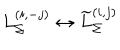
L _ { \Sigma } ^ { ( i , - j ) } \leftrightarrow \widetilde { L } _ { \Sigma } ^ { ( i , j ) }